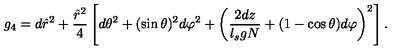
g _ { 4 } = d \hat { r } ^ { 2 } + \frac { \hat { r } ^ { 2 } } { 4 } \left[ d \theta ^ { 2 } + ( \sin \theta ) ^ { 2 } d \varphi ^ { 2 } + \left( \frac { 2 d z } { l _ { s } g N } + ( 1 - \cos \theta ) d \varphi \right) ^ { 2 } \right] .